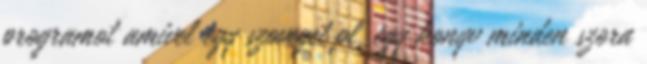
programot amivel egy szoveget pl. egy konyv minden szora